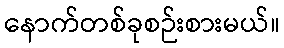
နောက်တစ်ခုစဉ်းစားမယ်။